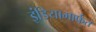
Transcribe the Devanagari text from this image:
इंडियामार्फत